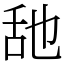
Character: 𦧇